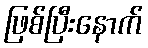
ဖြစ်ပြီးနောက်